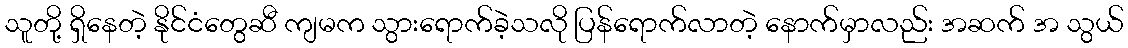
သူတို့ ရှိနေတဲ့ နိုင်ငံတွေဆီ ကျမက သွားရောက်ခဲ့သလို ပြန်ရောက်လာတဲ့ နောက်မှာလည်း အဆက် အ သွယ်